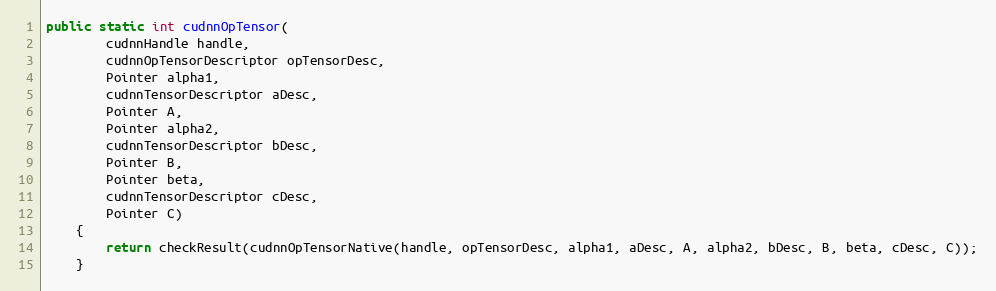
Language: Java
public static int cudnnOpTensor(
        cudnnHandle handle,
        cudnnOpTensorDescriptor opTensorDesc,
        Pointer alpha1,
        cudnnTensorDescriptor aDesc,
        Pointer A,
        Pointer alpha2,
        cudnnTensorDescriptor bDesc,
        Pointer B,
        Pointer beta,
        cudnnTensorDescriptor cDesc,
        Pointer C)
    {
        return checkResult(cudnnOpTensorNative(handle, opTensorDesc, alpha1, aDesc, A, alpha2, bDesc, B, beta, cDesc, C));
    }